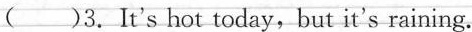
( )3.It's hot today,but_ it's raining.